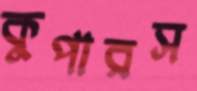
কুপারস